Document type: Sale
Year: 1235
Scribe: Pere de Bages
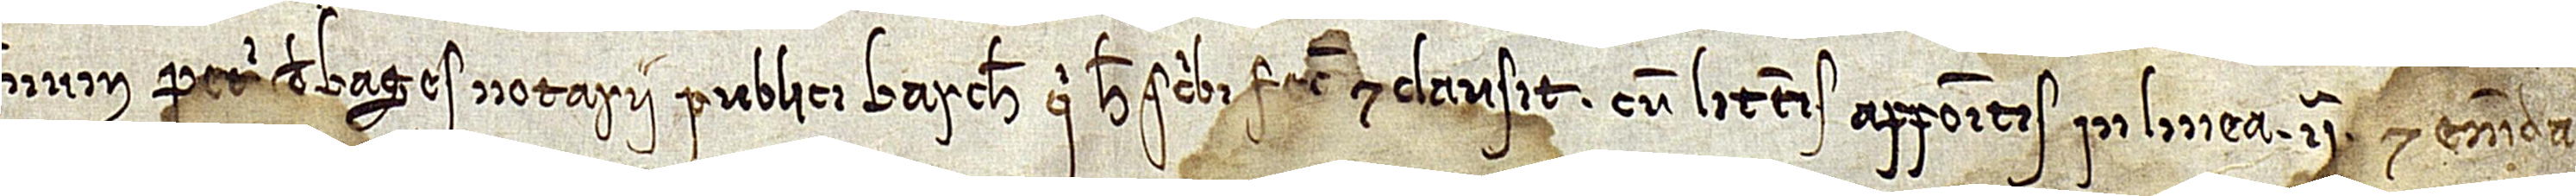
num Petri de Bages, notarii publici Barchinone, qui hec scribi fecit et clausit cum litteris appositis in linea IIª et emenda-